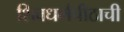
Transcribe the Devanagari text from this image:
शिवधर्मपीठाची